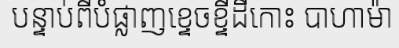
បន្ទាប់ពីបំផ្លាញខ្ទេចខ្ទីដីកោះ បាហាម៉ា